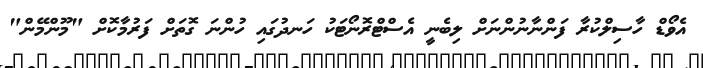
އެވޯޑް ހާސިލްކުރާ ފަންނާނުންނަށް ލިބެނީ އެސްޓްރޮނޯޓަކު ހަނދުގައި ހުންނަ ގޮތަށް ފަރުމާކޮށް "މޫންމޭން"